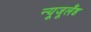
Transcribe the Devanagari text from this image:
न्यूजूलैंड